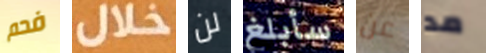
فحم خلال لن سأبلغ عن مد